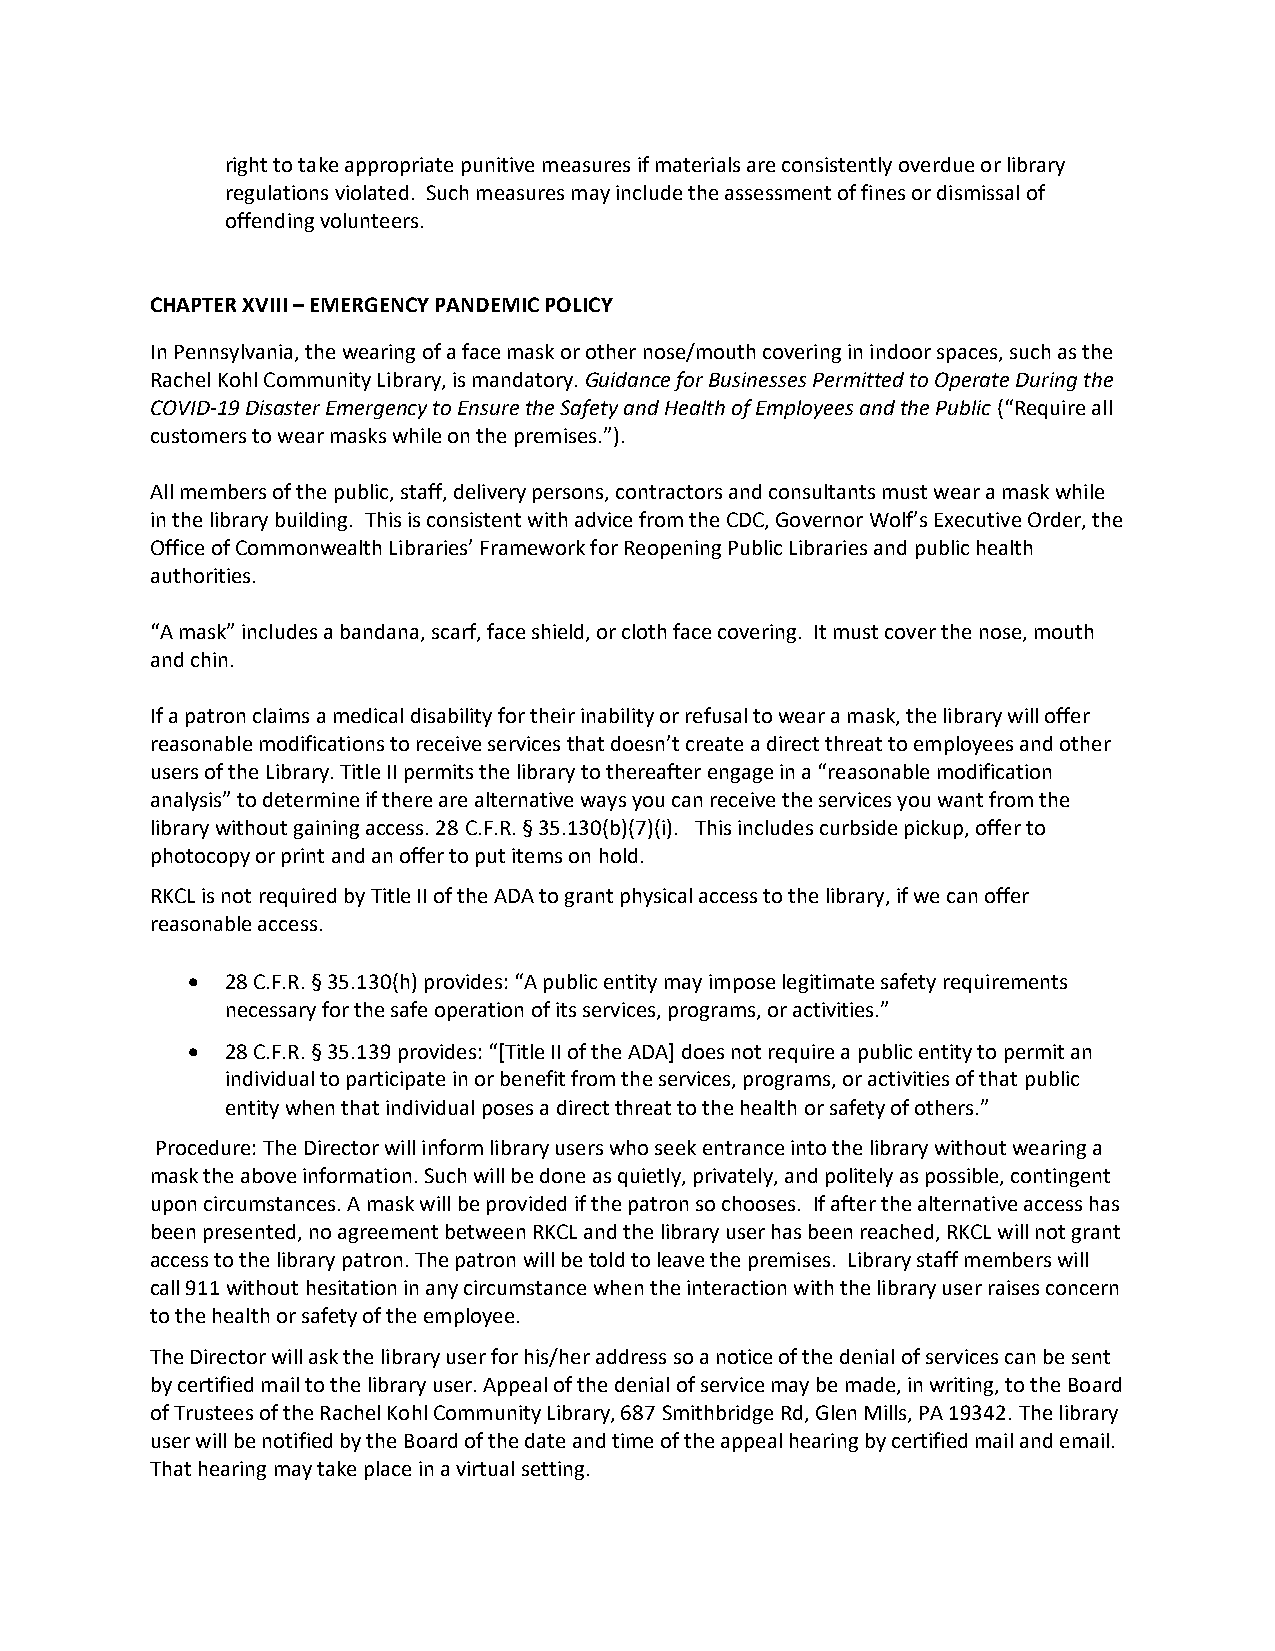
right to take appropriate punitive measures if materials are consistently overdue or library
 regulations violated. Such measures may include the assessment of fines or dismissal of
 offending volunteers.
 CHAPTER XVIII – EMERGENCY PANDEMIC POLICY
 In Pennsylvania, the wearing of a face mask or other nose/mouth covering in indoor spaces, such as the
 Rachel Kohl Community Library, is mandatory. Guidance for Businesses Permitted to Operate During the
 COVID-19 Disaster Emergency to Ensure the Safety and Health of Employees and the Public (“Require all
 customers to wear masks while on the premises.”).
 All members of the public, staff, delivery persons, contractors and consultants must wear a mask while
 in the library building. This is consistent with advice from the CDC, Governor Wolf’s Executive Order, the
 Office of Commonwealth Libraries’ Framework for Reopening Public Libraries and public health
 authorities.
 “A mask” includes a bandana, scarf, face shield, or cloth face covering. It must cover the nose, mouth
 and chin.
 If a patron claims a medical disability for their inability or refusal to wear a mask, the library will offer
 reasonable modifications to receive services that doesn’t create a direct threat to employees and other
 users of the Library. Title II permits the library to thereafter engage in a “reasonable modification
 analysis” to determine if there are alternative ways you can receive the services you want from the
 library without gaining access. 28 C.F.R. § 35.130(b)(7)(i). This includes curbside pickup, offer to
 photocopy or print and an offer to put items on hold.
 RKCL is not required by Title II of the ADA to grant physical access to the library, if we can offer
 reasonable access.
 •  28 C.F.R. § 35.130(h) provides: “A public entity may impose legitimate safety requirements
 necessary for the safe operation of its services, programs, or activities.”
 •  28 C.F.R. § 35.139 provides: “[Title II of the ADA] does not require a public entity to permit an
 individual to participate in or benefit from the services, programs, or activities of that public
 entity when that individual poses a direct threat to the health or safety of others.”
 Procedure: The Director will inform library users who seek entrance into the library without wearing a
 mask the above information. Such will be done as quietly, privately, and politely as possible, contingent
 upon circumstances. A mask will be provided if the patron so chooses. If after the alternative access has
 been presented, no agreement between RKCL and the library user has been reached, RKCL will not grant
 access to the library patron. The patron will be told to leave the premises. Library staff members will
 call 911 without hesitation in any circumstance when the interaction with the library user raises concern
 to the health or safety of the employee.
 The Director will ask the library user for his/her address so a notice of the denial of services can be sent
 by certified mail to the library user. Appeal of the denial of service may be made, in writing, to the Board
 of Trustees of the Rachel Kohl Community Library, 687 Smithbridge Rd, Glen Mills, PA 19342. The library
 user will be notified by the Board of the date and time of the appeal hearing by certified mail and email.
 That hearing may take place in a virtual setting.